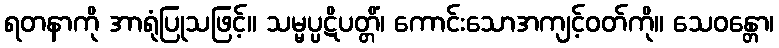
ရတနာကို အာရုံပြုသဖြင့်။ သမ္မပ္ပဋိပတ္တိံ၊ ကောင်းသောအကျင့်ဝတ်ကို။ သေဝန္တော၊